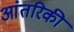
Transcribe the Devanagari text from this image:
आंतरिकी